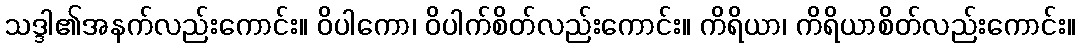
သဒ္ဒါ၏အနက်လည်းကောင်း။ ဝိပါကော၊ ဝိပါက်စိတ်လည်းကောင်း။ ကိရိယာ၊ ကိရိယာစိတ်လည်းကောင်း။